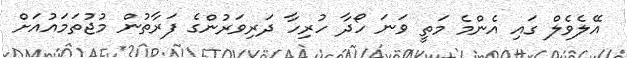
އޭލެވެލް ގައި އެންމެ މަތީ ވަނަ ހޯދާ ހުރިހާ ދަރިވަރުންގެ ފަރާތުން މުޖުތަމައުއަށް